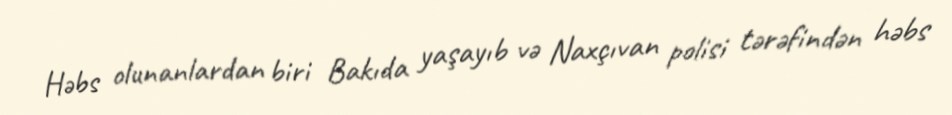
Həbs olunanlardan biri Bakıda yaşayıb və Naxçıvan polisi tərəfindən həbs